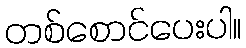
တစ်စောင်ပေးပါ။